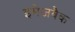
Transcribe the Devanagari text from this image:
इमेजबैक